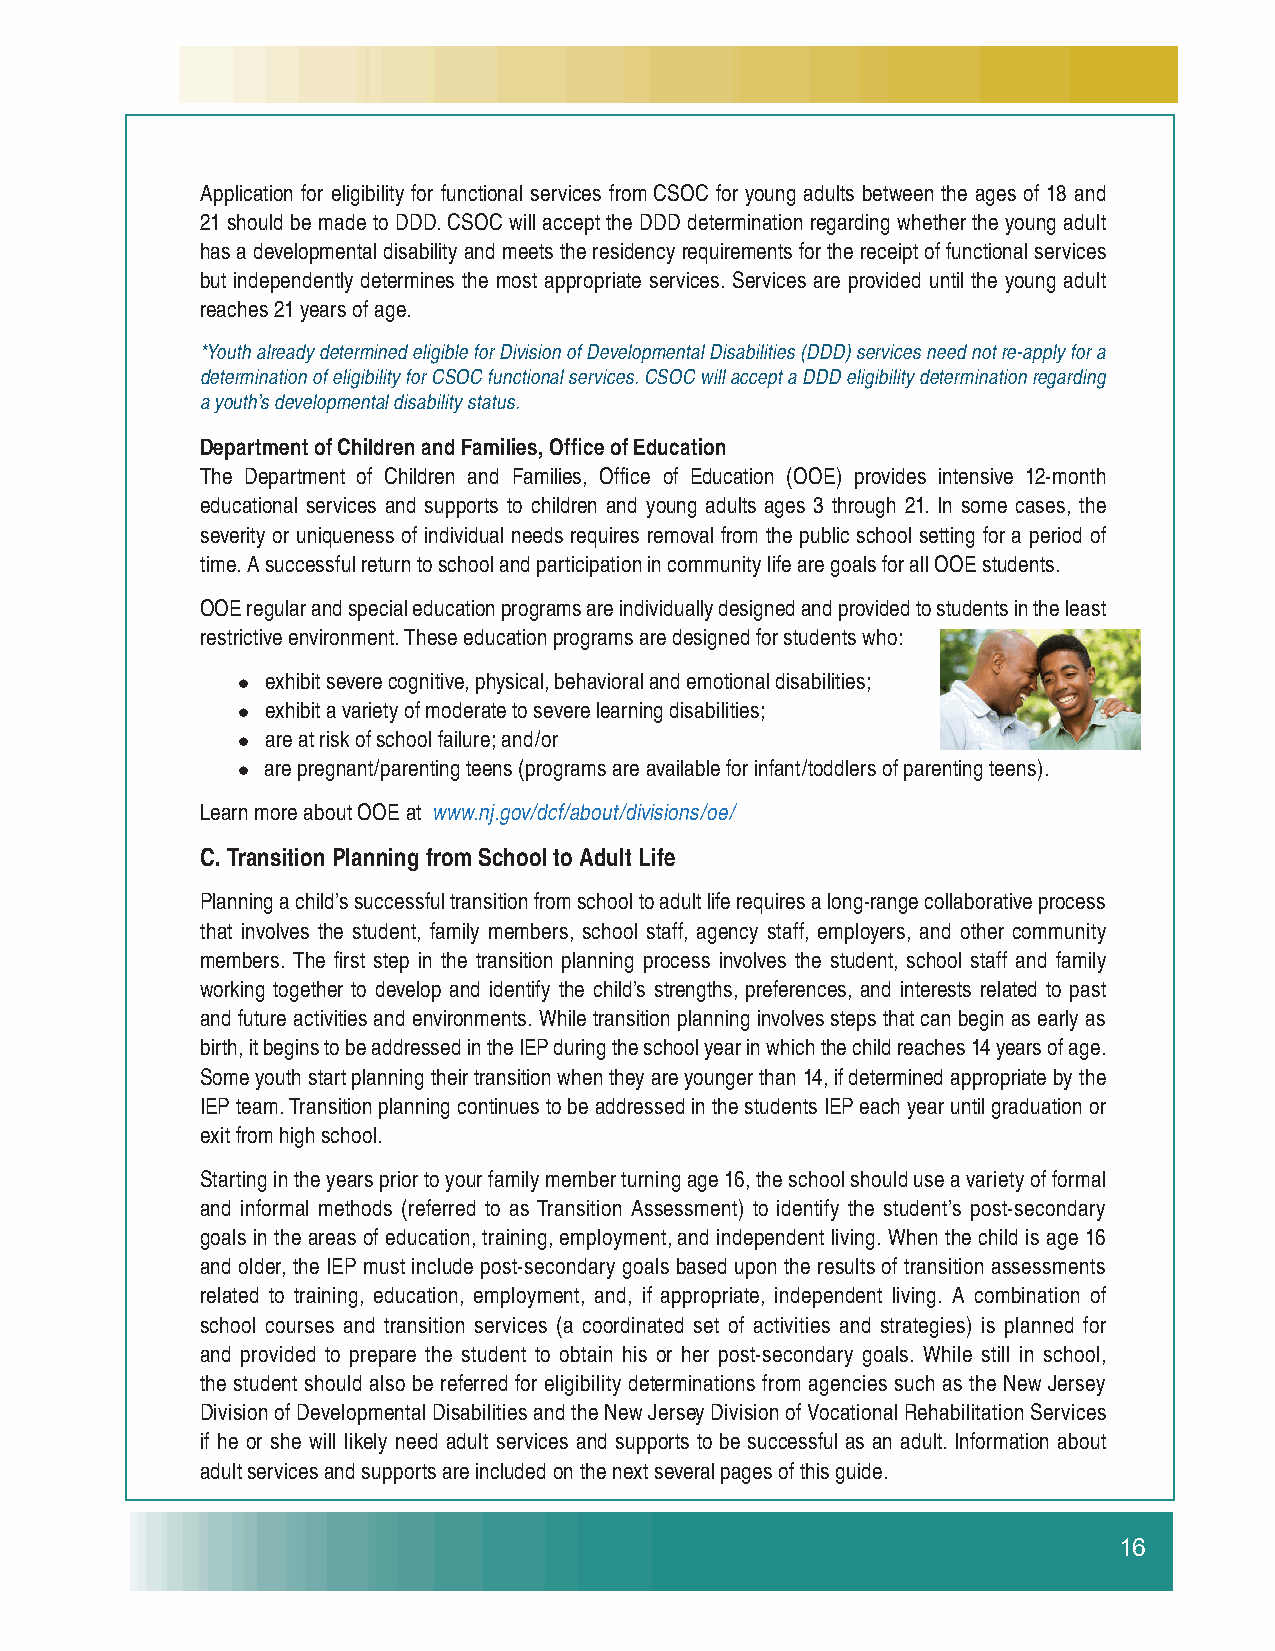
Application for eligibility for functional services from CSOC for young adults between the ages of 18 and
 21 should be made to DDD. CSOC will accept the DDD determination regarding whether the young adult
 has a developmental disability and meets the residency requirements for the receipt of functional services
 but independently determines the most appropriate services. Services are provided until the young adult
 reaches 21 years of age.
 *Youth already determined eligible for Division of Developmental Disabilities (DDD) services need not re-apply for a
 determination of eligibility for CSOC functional services. CSOC will accept a DDD eligibility determination regarding
 a youth’s developmental disability status.
 Department of Children and Families, Offi ce of Education
 The Department of Children and Families, Offi ce of Education (OOE) provides intensive 12-month
 educational services and supports to children and young adults ages 3 through 21. In some cases, the
 severity or uniqueness of individual needs requires removal from the public school setting for a period of
 time. A successful return to school and participation in community life are goals for all OOE students.
 OOE regular and special education programs are individually designed and provided to students in the least
 restrictive environment. These education programs are designed for students who:
 exhibit severe cognitive, physical, behavioral and emotional disabilities;
 
 exhibit a variety of moderate to severe learning disabilities;
 
 are at risk of school failure; and/or
 
 are pregnant/parenting teens (programs are available for infant/toddlers of parenting teens).
 
 Learn more about OOE at www.nj.gov/dcf/about/divisions/oe/
 C. Transition Planning from School to Adult Life
 Planning a child’s successful transition from school to adult life requires a long-range collaborative process
 that involves the student, family members, school staff, agency staff, employers, and other community
 members. The fi rst step in the transition planning process involves the student, school staff and family
 working together to develop and identify the child’s strengths, preferences, and interests related to past
 and future activities and environments. While transition planning involves steps that can begin as early as
 birth, it begins to be addressed in the IEP during the school year in which the child reaches 14 years of age.
 Some youth start planning their transition when they are younger than 14, if determined appropriate by the
 IEP team. Transition planning continues to be addressed in the students IEP each year until graduation or
 exit from high school.
 Starting in the years prior to your family member turning age 16, the school should use a variety of formal
 and informal methods (referred to as Transition Assessment) to identify the student’s post-secondary
 goals in the areas of education, training, employment, and independent living. When the child is age 16
 and older, the IEP must include post-secondary goals based upon the results of transition assessments
 related to training, education, employment, and, if appropriate, independent living. A combination of
 school courses and transition services (a coordinated set of activities and strategies) is planned for
 and provided to prepare the student to obtain his or her post-secondary goals. While still in school,
 the student should also be referred for eligibility determinations from agencies such as the New Jersey
 Division of Developmental Disabilities and the New Jersey Division of Vocational Rehabilitation Services
 if he or she will likely need adult services and supports to be successful as an adult. Information about
 adult services and supports are included on the next several pages of this guide.
 16